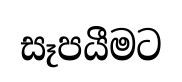
සෑපයීමට